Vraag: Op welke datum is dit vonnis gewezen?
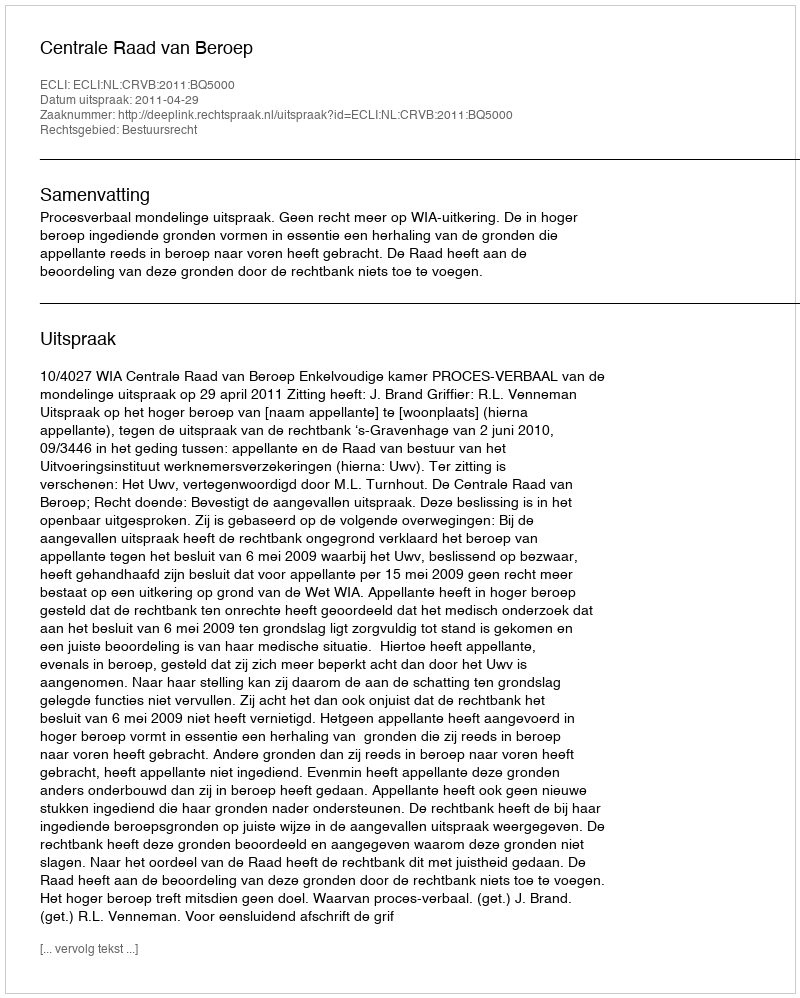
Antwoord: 2011-04-29